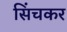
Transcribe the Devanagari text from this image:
सिंचकर